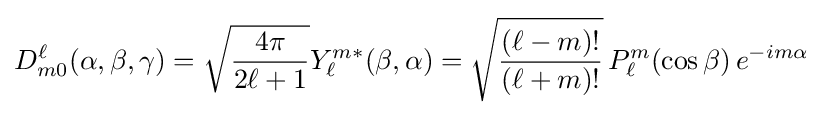
D_{m0}^{\ell }(\alpha ,\beta ,\gamma )={\sqrt {\frac {4\pi }{2\ell +1}}}Y_{\ell }^{m*}(\beta ,\alpha )={\sqrt {\frac {(\ell -m)!}{(\ell +m)!}}}\,P_{\ell }^{m}(\cos {\beta })\,e^{-im\alpha }